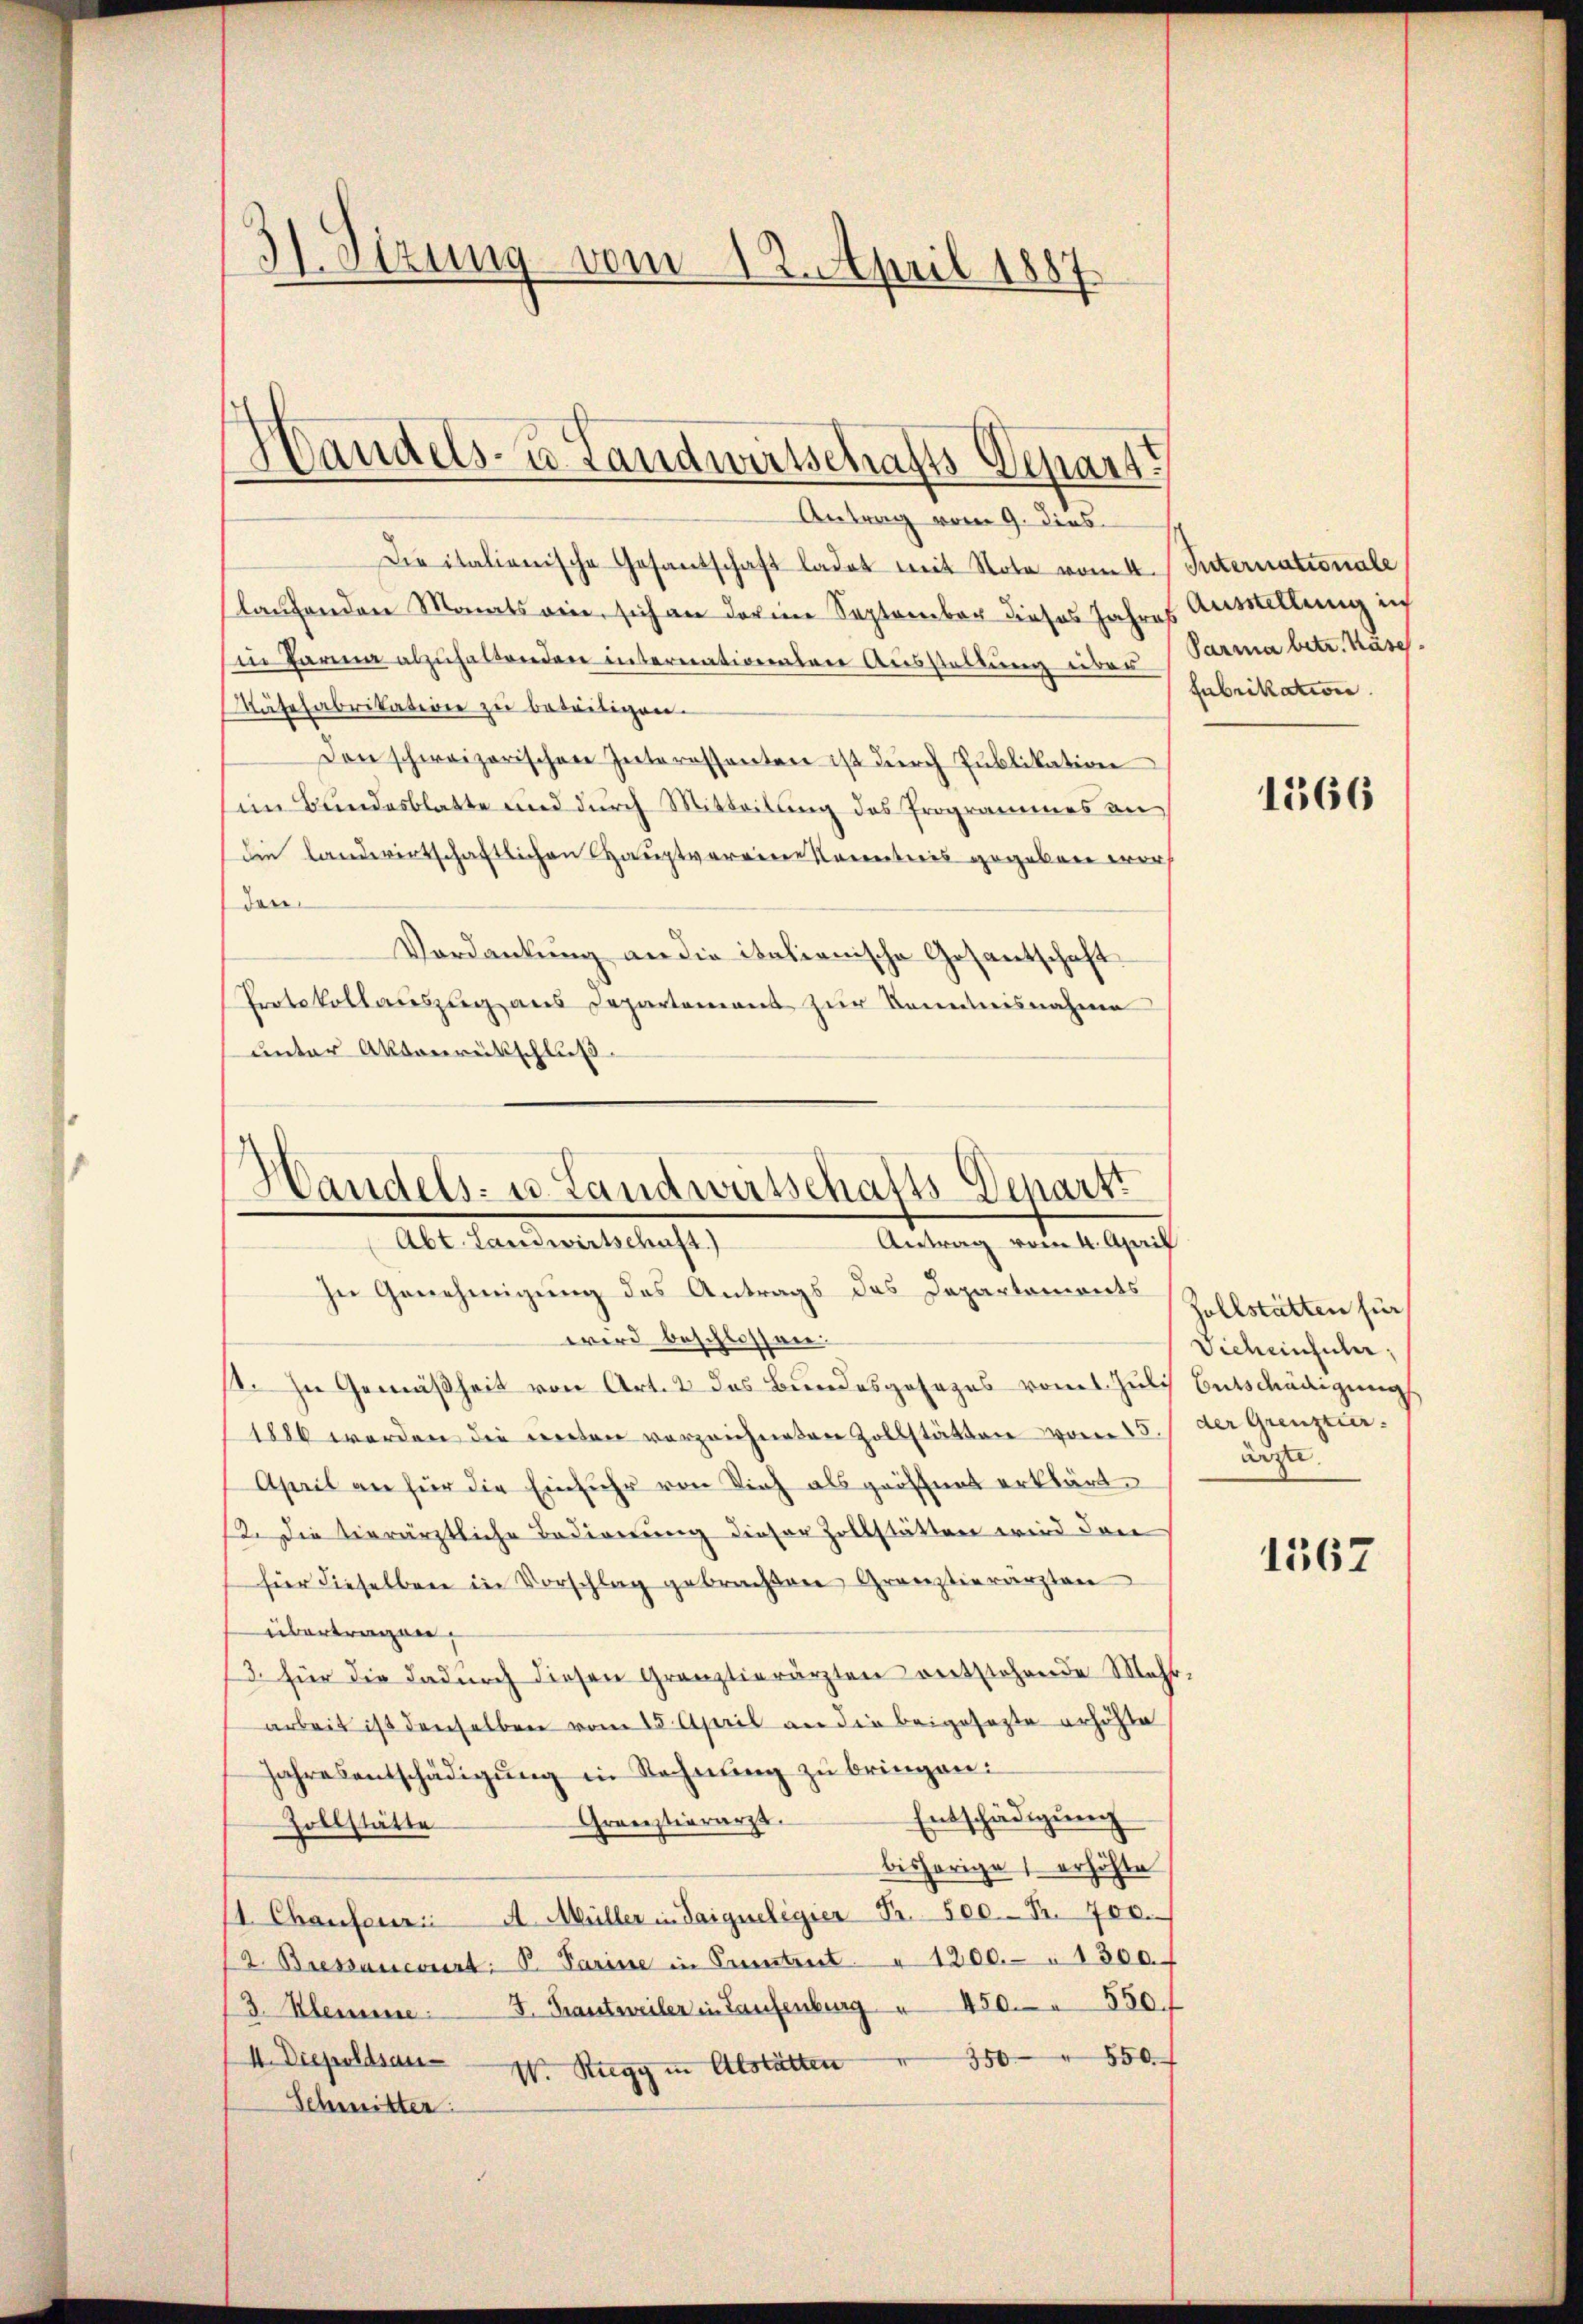
3 Stzung vom 12. April 1887

Handels- u. Landwirtschafts Depart
 Antrag vom 9. dies

Die italienische Gesantschaft ladet mit Note vom 4. Internationale
laufenden Monats ein, sich an darine September dieses Jahres
in Parma abzŭhaltenden internationalen Ausstellung über Parma betr. Käse
Käsefabrikatione zu beseitigen.
Den schweizerischen Interessanten ist durch Publikation
im Bundesblatte und durch Mitteilung des Programmes an
die Landwirtschaftlichen Hauptvereine Kometeris gegeben wor
den
Vordankung an die italionische Gesantschaft.
Protokollauszug aus Departement zur Kenntnisnahme
unter Aktenrütschluß

In Genehmigung des Antrags des Departements
wird beschlossen.
1. In Gemäßheit von Art. 2 das Bundesgesezes vom Juli Entschädigung
1886 werden die renten vorzeichneten Zollstätten vom 15. / der Grenztier.
April an für die Einfuhr von Vieh als geöffnet erklärt.
12. Die vierärztliche Bedienung dieser Zollstätten wird den
für dieselben in Vorschlag gebrachten Gränztierärzten
übertragen,
13. Für die dadŭrch diesen Gränztierärzten entstehende Mehr,
arbeit ist denselben vom 15. April an die beigesetzte erhöhte
Jahresentschädigŭng in Rechnŭng zŭ bringen:
Entschädigung
Graestierarzt.
Zollstätte
bishörige erhöhte
11. Chaufener A. Müller in Saigueligier Fr. 500 Fr. 700.
/2 Bressancourt: B. Parise in Patent " 1200. 1300.
(3. Kleinen. F. Frantsweiler in Laufenburg  450. 550. f
4. Diepoldsau
350 " 550
W. Ruegg in Abstätten
Schmitter:

Handels- u. Landweibehalts-Departt
Als Landerellhause
Antrag vom 4. April

Ausstellung ich
Fabrikation

1366

Zollstätten für
Vichenhuber,
ärzte.

1567